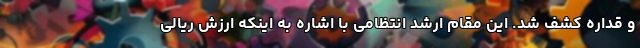
و قداره کشف شد. این مقام ارشد انتظامی با اشاره به اینکه ارزش ریالی